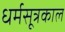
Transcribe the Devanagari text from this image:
धर्मसूत्रकाल